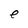
Character: e